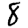
Digit: 8